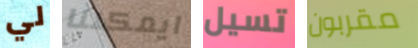
لي ايمكننا تسيل مقربون